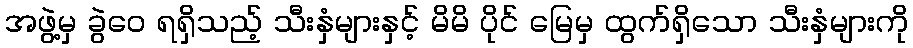
အဖွဲ့မှ ခွဲဝေ ရရှိသည့် သီးနှံများနှင့် မိမိ ပိုင် မြေမှ ထွက်ရှိသော သီးနှံများကို